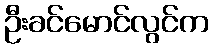
ဦးခင်မောင်လွင်က